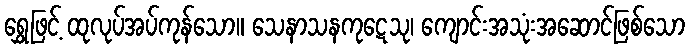
ရွှေဖြင့် ထုလုပ်အပ်ကုန်သော။ သေနာသနကုဋေသု၊ ကျောင်းအသုံးအဆောင်ဖြစ်သော